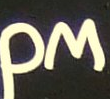
PM